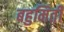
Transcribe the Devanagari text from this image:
बहुमिती